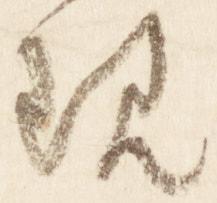
現